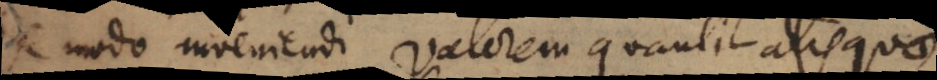
De modo inveniendi valorem quantitatis quae